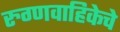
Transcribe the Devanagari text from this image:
रुग्णवाहिकेचे